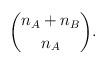
LaTeX: \begin{align*}\binom{n_A + n_B}{n_A}.\end{align*}